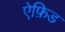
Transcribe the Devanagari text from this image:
ऐफ़िड